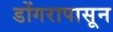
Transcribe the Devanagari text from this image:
डोंगरापासून